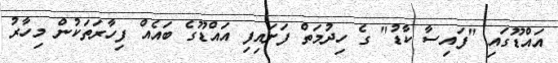
އައްޑޫގައި "ފައިސާ ކާޑު" ގެ ހިދުމަތް ފަށައިފި އައްޑޫގެ ބައެއް ފިހާރަތަކުން މިހާރު